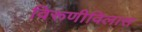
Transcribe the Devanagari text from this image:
विरूणीविलास